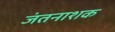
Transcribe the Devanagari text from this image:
जंतनाशक